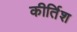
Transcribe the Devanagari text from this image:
कीर्तिश